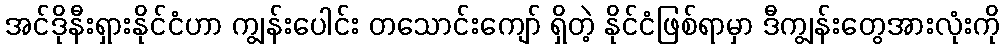
အင်ဒိုနီးရှားနိုင်ငံဟာ ကျွန်းပေါင်း တသောင်းကျော် ရှိတဲ့ နိုင်ငံဖြစ်ရာမှာ ဒီကျွန်းတွေအားလုံးကို